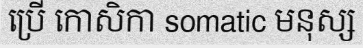
ប្រើ កោសិកា somatic មនុស្ស